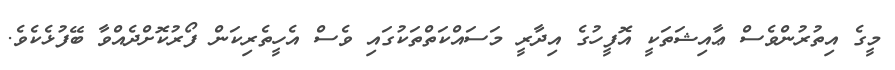
މީގެ އިތުރުންވެސް ޢާއިޝަތަކީ އޮފީހުގެ އިދާރީ މަސައްކަތްތަކުގައި ވެސް އެހީތެރިކަން ފޯރުކޮށްދެއްވާ ބޭފުޅެކެވެ.